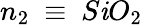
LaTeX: n_{2}~\equiv~S\mathit{i}O_{2}